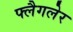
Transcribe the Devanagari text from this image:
फ्लैगलेर